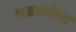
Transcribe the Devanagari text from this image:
प्लास्मोन्स